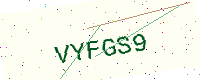
Text: VYFGS9